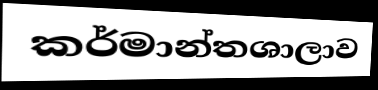
කර්මාන්තශාලාව